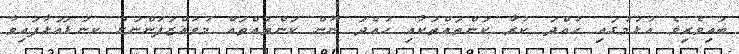
ބައިވެރިވެ އުޅުމުގައި ހުއްދަ ކުރާ ކަންތައްތަކާއި ހުއްދަ ނޫން ކަންތައްތައް މުވައްޒަފުންނަށް ކނަޑައަޅާފައިވާ